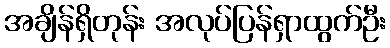
အချိန်ရှိတုန်း အလုပ်ပြန်ရှာထွက်ဦး